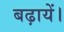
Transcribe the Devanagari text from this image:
बढ़ायें।